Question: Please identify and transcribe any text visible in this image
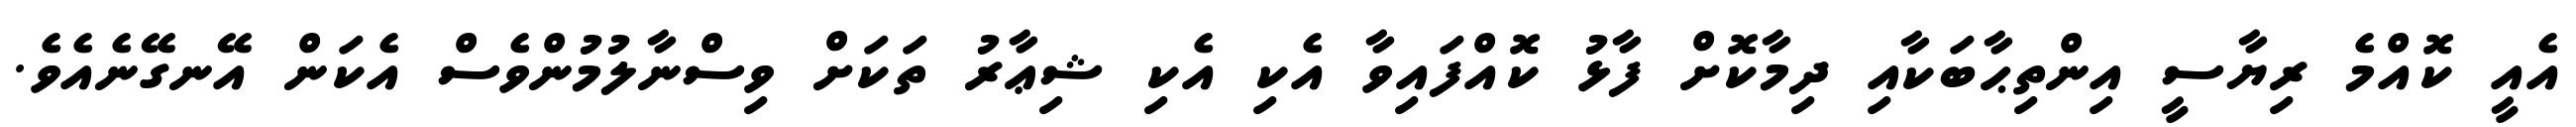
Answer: އެއީ ކޮއްމެ ރިޔާސީ އިންތިޙާބަކާއި ދިމާކޮށް ފާޅު ކޮއްފައިވާ އެކި އެކި ޝިޢާރު ތަކަށް ވިސްނާލުމުންވެސް އެކަން އޭނގޭނެއެވެ.